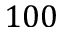
1 0 0